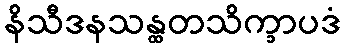
နိသီဒနသန္ထတသိက္ခာပဒံ